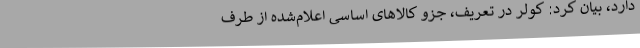
دارد، بیان کرد: کولر در تعریف، جزو کالاهای اساسی اعلام‌شده از طرف